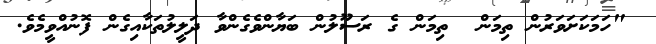
"ހަމަކަށަވަރުން ތިމަން  ތިމަން ގެ ރަސޫލުން ބަޔާންވެގެންވާ ދަލީލުތަކާއިގެން ފޮނުއްވީމެވެ.